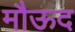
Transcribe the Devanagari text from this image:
मौऊद